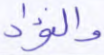
والفؤاد